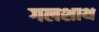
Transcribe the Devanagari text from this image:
गलशाथ